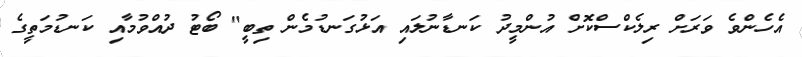
އެހެންވެ ވަރަށް ރިލެކްސްކޮށް އުންމީދު ކަނޑާނުލައި އަޅުގަނޑުމެން ތިބީ" ބޯޓު ދުއްވުމާއި ކަނޑުމަތީގެ